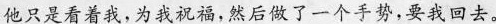
他只是看着我，为我祝福，然后做了一手势,要我回去。